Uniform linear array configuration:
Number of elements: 32
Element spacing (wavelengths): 0.25
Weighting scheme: hamming
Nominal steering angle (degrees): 45
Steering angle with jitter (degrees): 43.975
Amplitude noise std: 0.05
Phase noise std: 0.05

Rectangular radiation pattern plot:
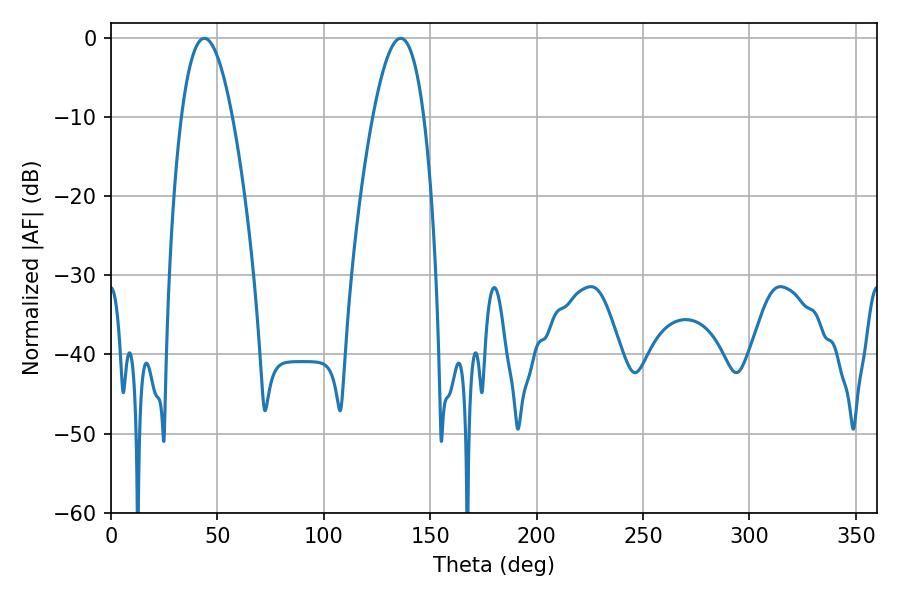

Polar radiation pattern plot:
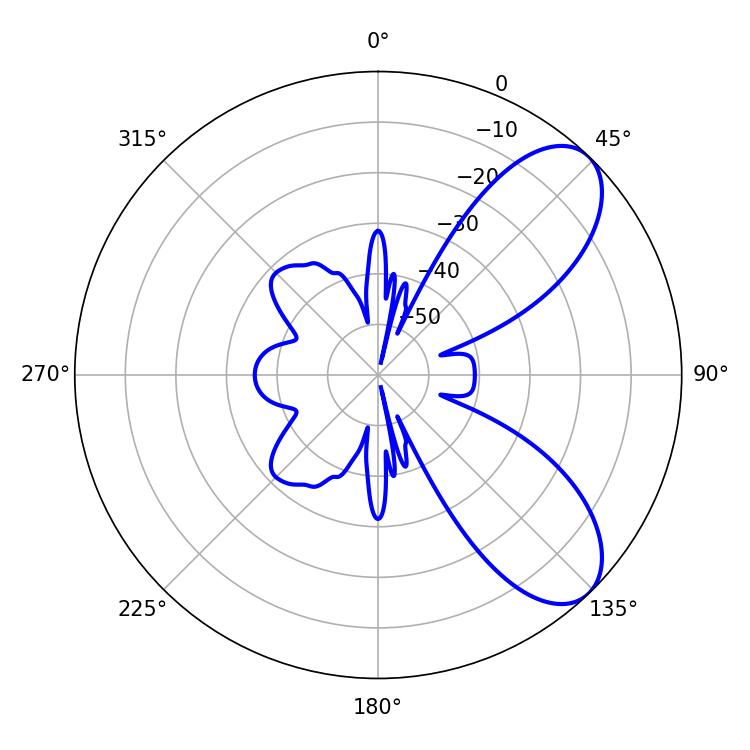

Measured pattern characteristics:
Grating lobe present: FALSE
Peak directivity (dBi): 7.645
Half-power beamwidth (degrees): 13.14
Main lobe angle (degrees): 43.92